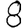
Digit: 8